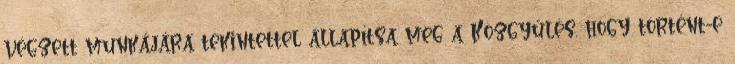
végzett munkájára tekintettel állapítsa meg a Közgyűlés, hogy történt-e